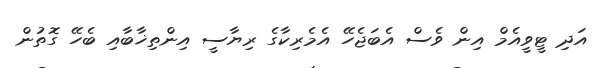
އަދި ޓީވީއެމް އިން ވެސް އެބަޖެހޭ އެމެރިކާގެ ރިޔާސީ އިންތިޚާބާއި ބެހޭ ގޮތުން